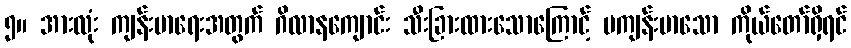
၅။ အားလုံး ကျန်းမာရေးအတွက် ဂိလာနကျောင်း သီးခြားထားသောကြောင့် မကျန်းမာသော ကိုယ်တော်ရှိရင်